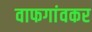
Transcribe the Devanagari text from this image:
वाफगांवकर